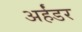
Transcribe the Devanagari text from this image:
अर्हंडर